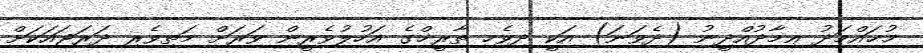
މުޙައްމަދު ޢިމާދުއްދީނު (ދެވަނަ) އަކީ ދިވެހި ތާރީޚްގެ އަހުލުވެރީން ވަރަށް މަތިވެރި ދަރަޖައަކަށް